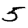
Digit: 5